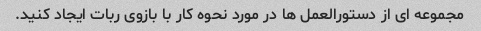
مجموعه ای از دستورالعمل ها در مورد نحوه کار با بازوی ربات ایجاد کنید.